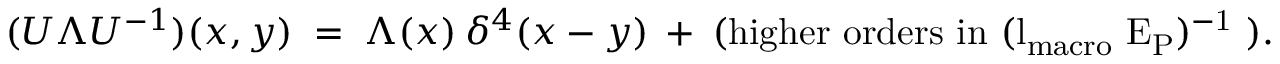
( U \Lambda U ^ { - 1 } ) ( x , y ) \; = \; \Lambda ( x ) \: \delta ^ { 4 } ( x - y ) \: + \: { \mathrm { ( h i g h e r ~ o r d e r s ~ i n ~ ( l _ { \mathrm { \scriptsize { m a c r o } } } ~ E _ { P } ) ^ { - 1 } ~ ) } } .